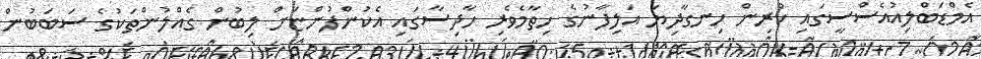
އެމްޑަބްލިއުއެސްސީގައި ކުރިން ހިނގާދިޔަ އަލިފާނުގެ ހިތާމެވެރި ހާދިސާގައި އެކުންފުންޏަށް ލިބުން ގެއްލުންތަކުގެ ސަބަބުން